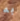
به